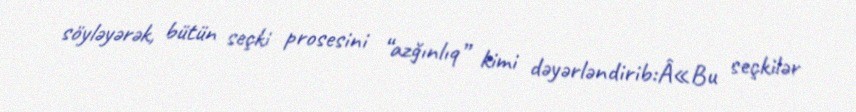
söyləyərək, bütün seçki prosesini “azğınlıq” kimi dəyərləndirib:Â«Bu seçkilər